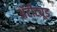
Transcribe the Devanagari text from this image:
अॅटीट्यूड